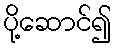
ပို့ဆောင်၍